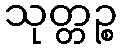
သုတ္တဉ္စ